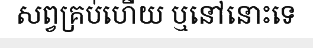
សព្វគ្រប់ហើយ ឬនៅនោះទេ